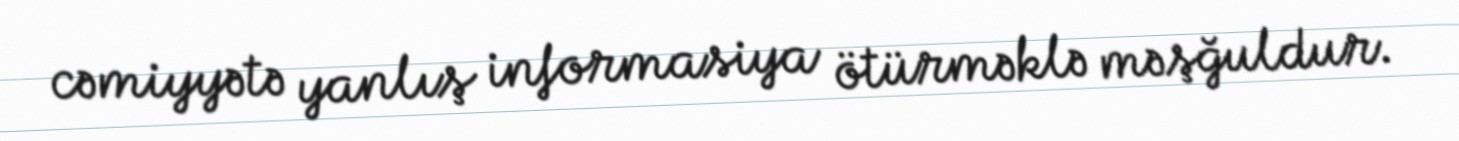
cəmiyyətə yanlış informasiya ötürməklə məşğuldur.